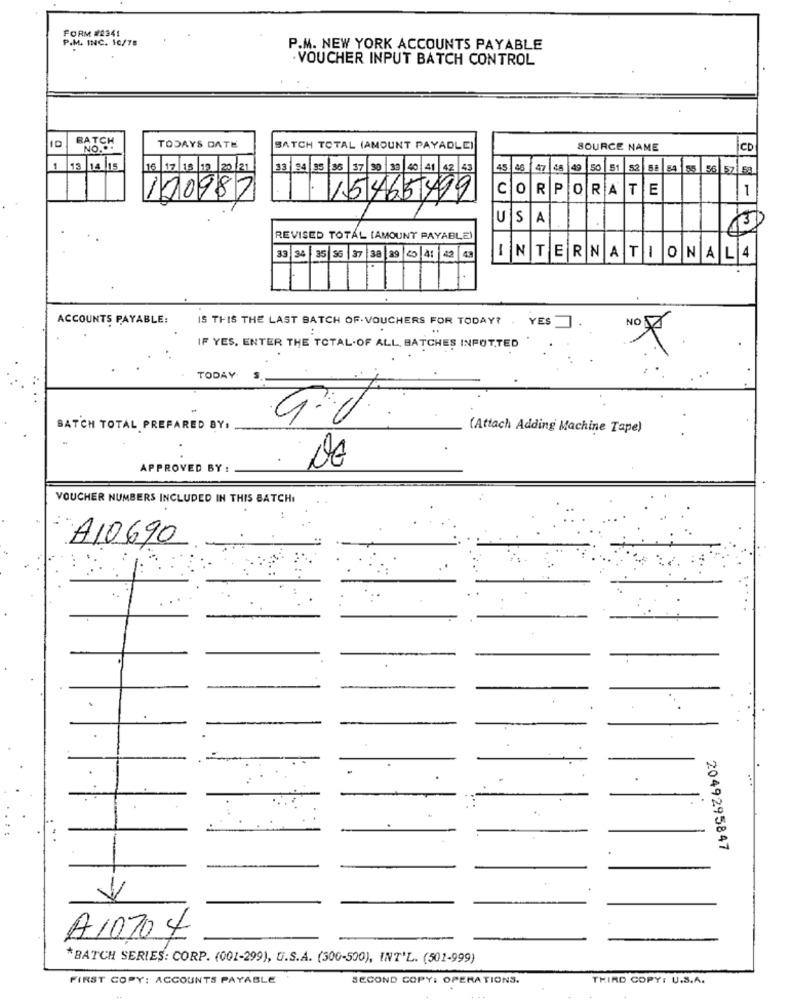
FORM #2341
P.M. INC. 10/78
P.M. NEW YORK ACCOUNTS PAYABLE
. VOUCHER INPUT BATCH CONTROL
BATCH
NO ...
TODAYS DATE
BATCH TOTAL (AMOUNT PAYABLE)
SOURCE NAME
CD
13 14 15
16 17/15/19 20/21
33 94 95
37 30 33 40 41 42 43
45
46
47
48
51
52
52 58 84 55 56 571 58
CORPO
R
RA
A
TE
1
12098
15465499
U
S
A
REVISED TOTAL (AMOUNT PAYABLE
33 34 35 56 37
a 29
41 42 43
INTERNATIONAL4
ACCOUNTS PAYABLE:
IS THIS THE LAST BATCH OF. VOUCHERS FOR TODAY? . YES
IF YES, ENTER THE TOTAL.OF ALL, BATCHES INPOTTED
TODAY
S
BATCH TOTAL PREPARED BY.
(Attach Adding Machine Tape)
APPROVED BY :
VOUCHER NUMBERS INCLUDED IN THIS BATCH
A10690
2049295847
A10704
*BATCH SERIES: CORP. (001-299), U.S.A. (300-500), INT'L. (501-999)
FIRST COPY: ACCOUNTS PAYABLE
SECOND COPY: OPERATIONS.
THIRD COPY: U.S.A.